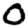
Digit: 0